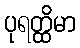
ပုရတ္ထိမာ